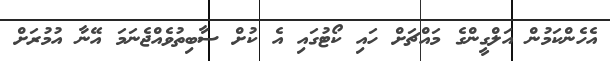
އެހެންކަމުން އަލްގީންގެ މައްޗަށް ހައި ކޯޓުގައި އެ ކުށް ސާބިތުވެއްޖެނަމަ އޭނާ އުމުރަށް